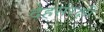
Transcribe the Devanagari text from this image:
देहसंरक्षी